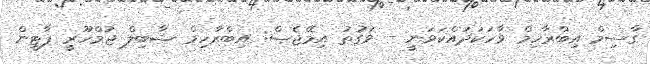
ގާސިމް އިބްރާހިމް ވާހަކަދައްކަވަނީ - ވަގުތު އިމޭޖެސް: އިބްރާހިމް ޝާބިލް ޖުމްހޫރީ ޕާޓީން